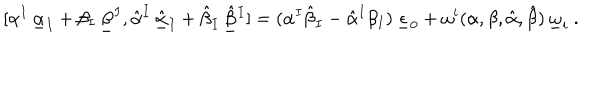
LaTeX: [ \alpha ^ { I } \, \underline { { { \alpha } } } _ { I } + \beta _ { I } \, \underline { { { \beta } } } ^ { I } , \hat { \alpha } ^ { I } \, \underline { { { \hat { \alpha } } } } _ { I } + \hat { \beta } _ { I } \, \underline { { { \hat { \beta } } } } { } ^ { I } ] = ( \alpha ^ { I } \hat { \beta } _ { I } - \hat { \alpha } ^ { I } \beta _ { I } ) \, \underline { { { \epsilon } } } _ { 0 } + \omega ^ { i } ( \alpha , \beta , \hat { \alpha } , \hat { \beta } ) \, \underline { { { \omega } } } _ { i } \ .